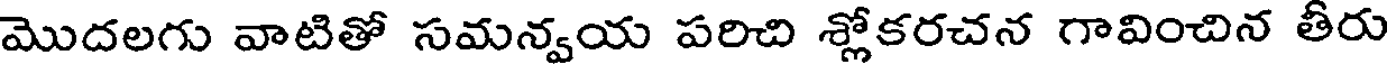
మొదలగు వాటితో సమన్వయ పరిచి శ్లోకరచన గావించిన తీరు